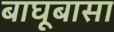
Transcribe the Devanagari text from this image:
बाघूबासा